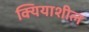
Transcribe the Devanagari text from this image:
क्यियाशील